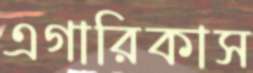
এগারিকাস